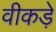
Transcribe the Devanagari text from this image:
वीकड़े